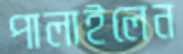
পালাইলেন